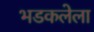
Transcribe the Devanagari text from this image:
भडकलेला